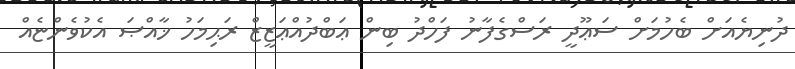
ދުނިޔެއަށް ބެހުމަށް ސަޢޫދީ ރަސްގެފާނު ފަހްދު ބިން ޢަބްދުއްޢަޒީޒް ރަޙިމަހު ޚާއްޞަ އެކުވެންޏެއް